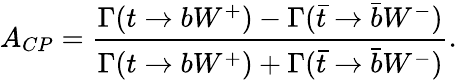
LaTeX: A_{CP}=\frac{\Gamma(t\rightarrow bW^{+})-\Gamma(\bar{t}\rightarrow\bar{b}W^{-})}{\Gamma(t\rightarrow bW^{+})+\Gamma(\bar{t}\rightarrow\bar{b}W^{-})}.